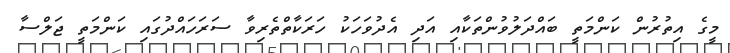
މީގެ އިތުރުން ކަންމަތީ ބައްދަލުވުންތަކާއި އަދި އެދުވަހަކު ހަރަކާތްތެރިވާ ސަރަހައްދުގައި ކަންމަތީ ޖަލްސާ